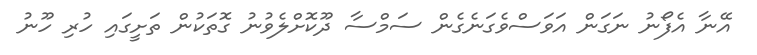
އޭނާ އެފޯނު ނަގަން އަވަސްވެގަނެގެން ސަމްސާ ދޫކޮށްލެވުނު ގޮތަކުން ތަށީގައި ހުރި ހޫނު